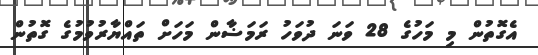
އެގޮތުން މި މަހުގެ 28 ވަނަ ދުވަހު ރަމަޟާން މަހަށް ތައްޔާރުވުމުގެ ގޮތުން